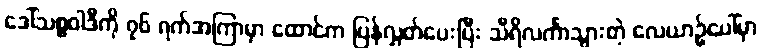
ဒေါ်သစ္စဝါဒီကို ၇၆ ရက်အကြာမှာ ထောင်က ပြန်လွှတ်ပေးပြီး သီရိလင်္ကာသွားတဲ့ လေယာဉ်ပေါ်မှာ